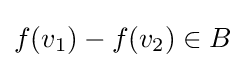
f(v_{1})-f(v_{2})\in B